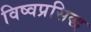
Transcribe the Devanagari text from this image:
विष्वप्रसिद्ध